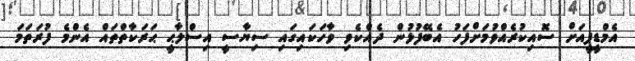
އެމްޑީޕީއަށް ސޮއިކުރެއްވުމަށްފަހު އެބޭފުޅުން ދެއްކެވި ވާހަކައިގައި ސިޔާސީ އިސްލާޙީ ޙަރަކާތްތައް އެންމެ ފުރަތަމަ